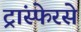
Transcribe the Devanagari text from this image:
ट्रांस्फेरसे